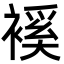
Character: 䙎